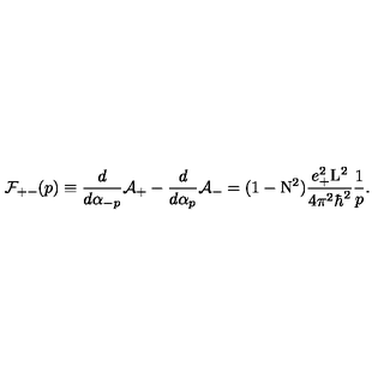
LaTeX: { \cal F } _ { + - } ( p ) \equiv \frac { d } { d { \alpha } _ { - p } } { \cal A } _ { + } - \frac { d } { d { \alpha } _ { p } } { \cal A } _ { - } = ( 1 - \mathrm { N } ^ { 2 } ) \frac { e _ { + } ^ { 2 } \mathrm { L } ^ { 2 } } { 4 { \pi } ^ { 2 } { \hbar } ^ { 2 } } \frac { 1 } { p } .